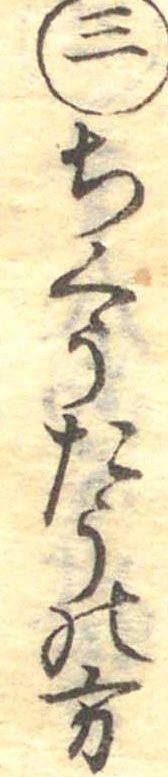
三ちくうたうの方